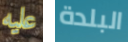
عليه البلدة